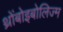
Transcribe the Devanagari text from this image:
थ्रोंबोइबोलिज्म